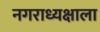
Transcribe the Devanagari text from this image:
नगराध्यक्षाला